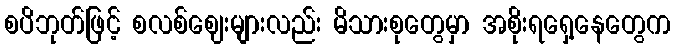
စပိဘုတ်ဖြင့် စလစ်ဈေးများလည်း မိသားစုတွေမှာ အစိုးရရှေ့နေတွေက